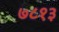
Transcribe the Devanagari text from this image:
७८१३